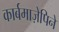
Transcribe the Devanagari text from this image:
कार्बमाज़ेपिने